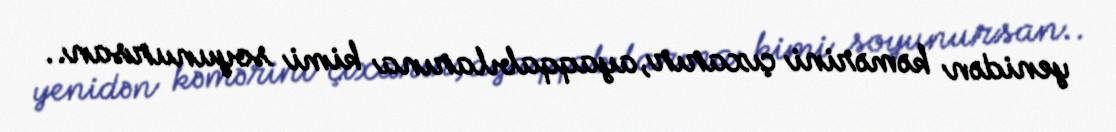
yenidən kəmərini çıxarır, ayaqqabılarına kimi soyunursan..